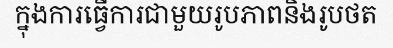
ក្នុងការធ្វើការជាមួយរូបភាពនិងរូបថត